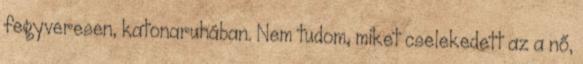
fegyveresen, katonaruhában. Nem tudom, miket cselekedett az a nő,